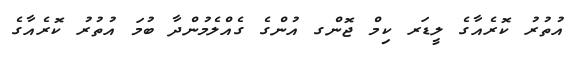
އުތުރު ކޮރެއާގެ ލީޑަރ ކިމް ޖޮންގ އުންގެ ގެއްލެމުންދާ ބުމަ އުތުރު ކޮރެއާގެ